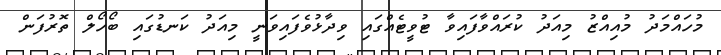
މުހައްމަދު މުއިއްޒު މިއަދު ކުރައްވާފައިވާ ޓުވީޓެއްގައި ވިދާޅުވެފައިވަނީ މިއަދު ކަނޑުގައި ބޯހޯލް ތޮރުފަން